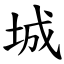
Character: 城